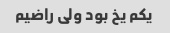
یکم‌ یخ بود ولی راضیم